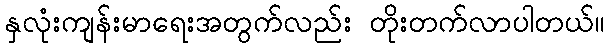
နှလုံးကျန်းမာရေးအတွက်လည်း တိုးတက်လာပါတယ်။